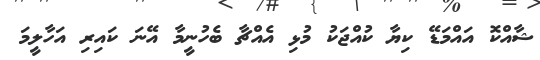
ޝާއްކޮ އައްމަޑޭ ކިޔާ ކުއްޖަކު މުޅި އެއްޗާ ބެހުނީމާ އޭނަ ކައިރި އަހާލީމަ